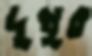
দুখুর